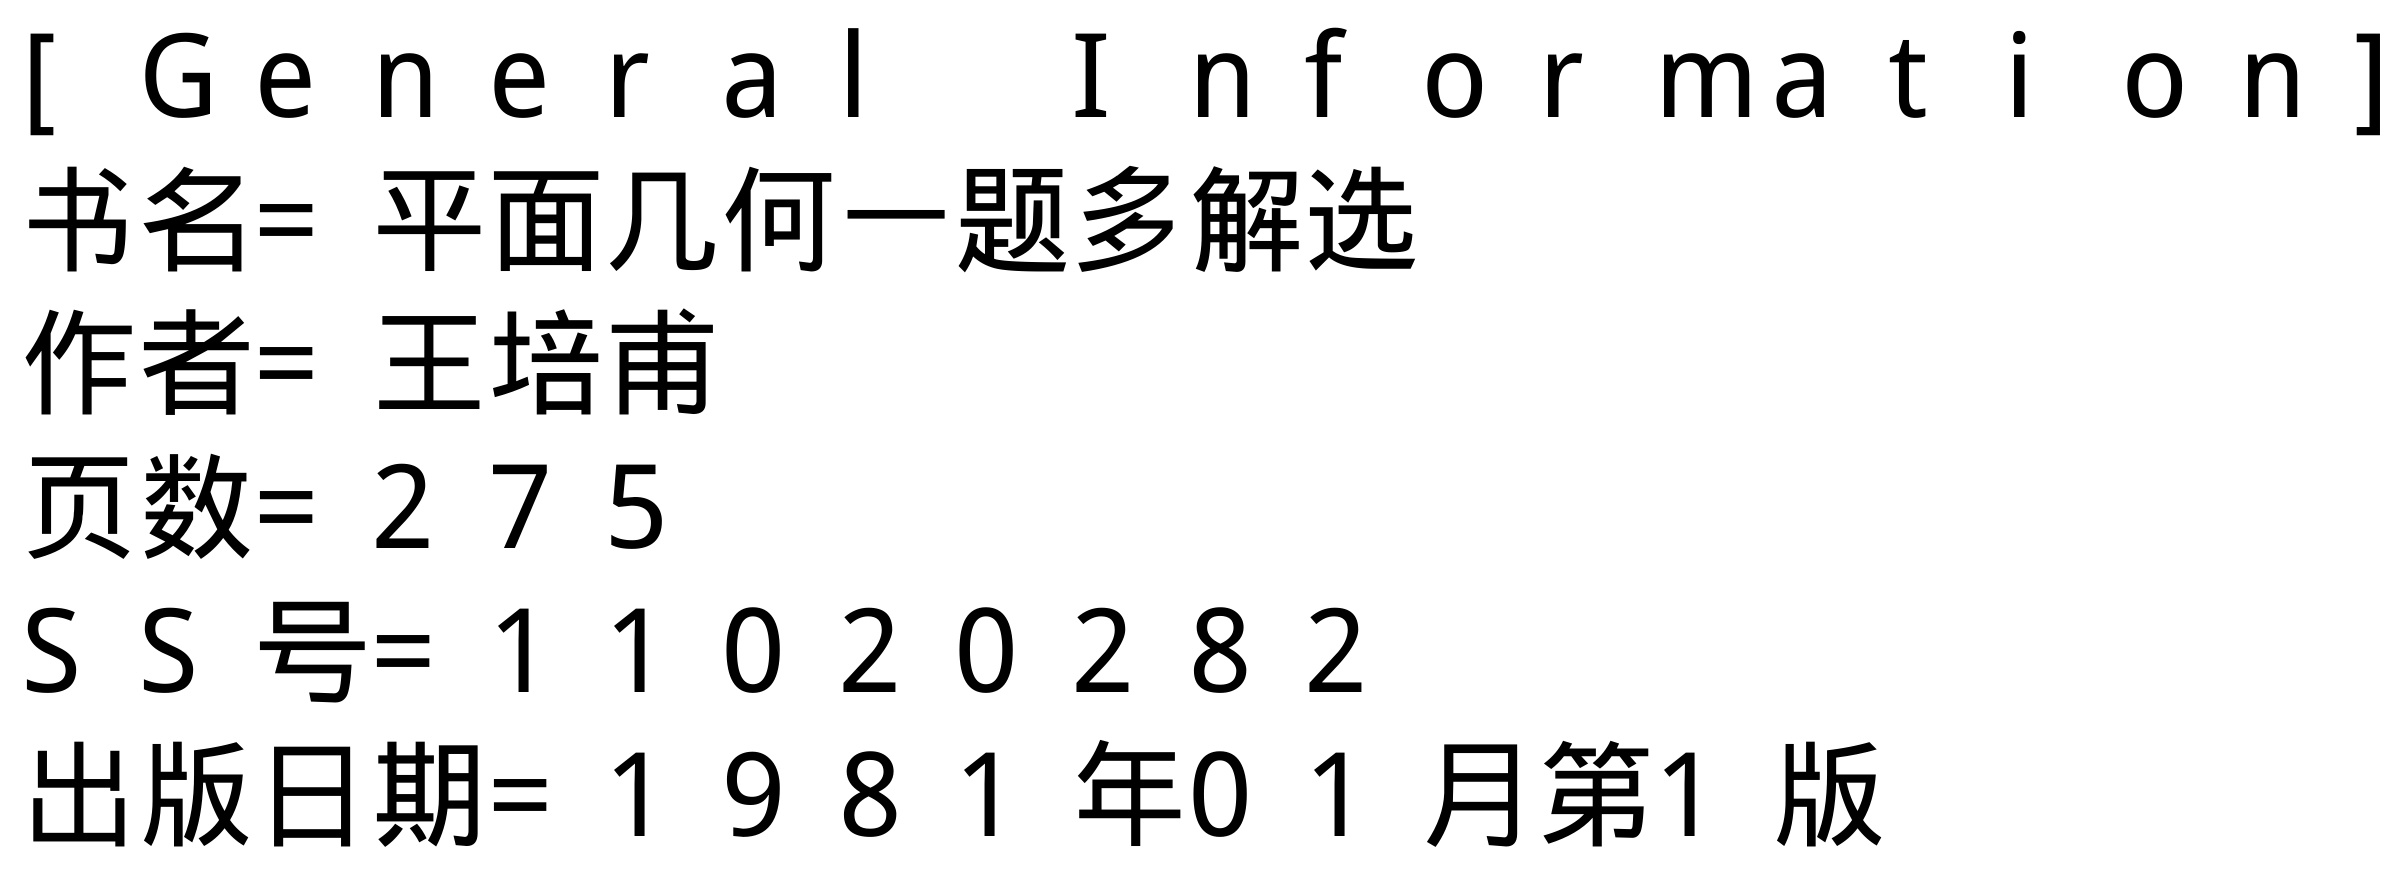
\begin{verbatim}

[ General Information]

书名= 平面几何一题多解选

作者= 王培甫

页数= 275

SS号= 11020282

出版日期= 1981年01月第1版

\end{verbatim}